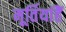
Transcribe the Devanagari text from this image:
मूर्तियांहैं